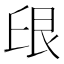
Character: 𱽈